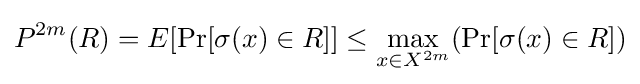
P^{2m}(R)=E[\Pr[\sigma (x)\in R]]\leq \max _{x\in X^{2m}}(\Pr[\sigma (x)\in R])